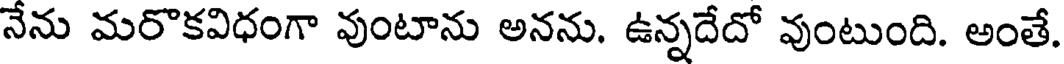
నేను మరొకవిధంగా వుంటాను అనను. ఉన్నదేదో వుంటుంది. అంతే